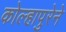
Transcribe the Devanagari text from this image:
कोल्हापुरेने